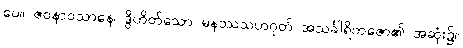
ပေ။ ဇဝနာဝသာနေ၊ ဒွိဟိတ်သော မနဿသဟဂုတ် အသင်္ခါရိကဇော၏ အဆုံး၌။